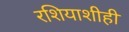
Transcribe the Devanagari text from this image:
रशियाशीही